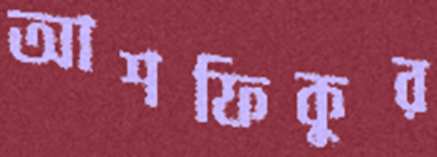
আশফিকুর